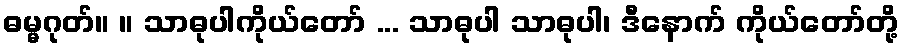
ဓမ္မဂုတ်။ ။ သာဓုပါကိုယ်တော် ... သာဓုပါ သာဓုပါ၊ ဒီနောက် ကိုယ်တော်တို့